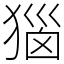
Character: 㺁